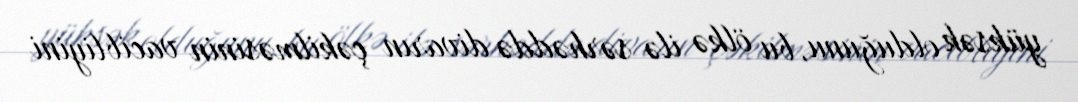
yüksək olduğunu, bu ölkə ilə sərhəddə divarın çəkilməsinin vacibliyini